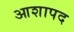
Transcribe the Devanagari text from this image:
आशापद